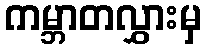
ကမ္ဘာတလွှားမှ